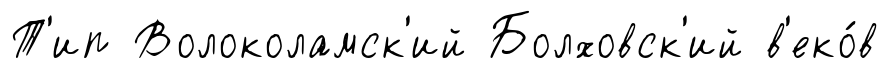
Т'ип Волоколамск'ий Болховск'ий в'еко́в